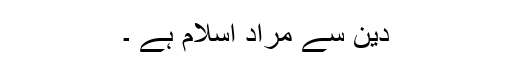
دین سے مراد اسلام ہے ۔